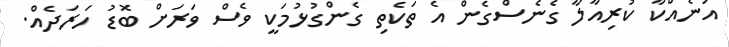
އަނެއްކާ ކުރިއާލާ ގެނެސްގެން އެ ތަކެތި ގެންގުޅުމަކީ ވެސް ވަރަށް ބޮޑު ހަރަދެއް.